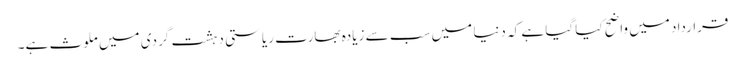
قرارداد میں واضح کیا گیا ہے کہ دنیا میں سب سے زیادہ بھارت ریاستی دہشت گردی میں ملوث ہے۔